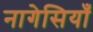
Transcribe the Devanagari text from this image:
नागेसियाँ